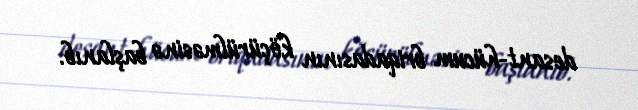
desant-hücum briqadasının köçürülməsinə başlanıb.